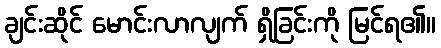
ချင်းဆိုင် မောင်းလာလျက် ရှိခြင်းကို မြင်ရ၏။